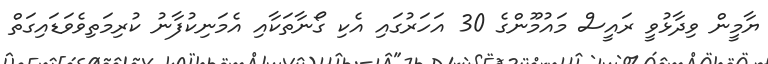
ޔާމީން ވިދާޅުވީ ރައީސް މައުމޫންގެ 30 އަހަރުގައި އެކި ގޯނާތަކާއި އެމަނިކުފާނު ކުރިމަތިވެވަޑައިގަތް